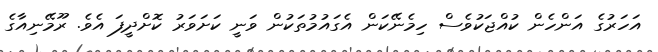
އަހަރުގެ އަންހެން ކުއްޖަކުވެސް ހިމެނޭކަން އެގައުމުތަކުން ވަނީ ކަށަވަރު ކޮށްދީފަ އެވެ. ރޫމޭނިއާގެ